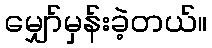
မျှော်မှန်းခဲ့တယ်။